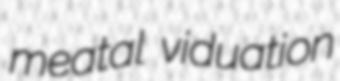
meatal viduation